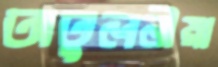
অতুলনীয়া